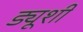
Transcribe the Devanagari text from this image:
ड्यूशी